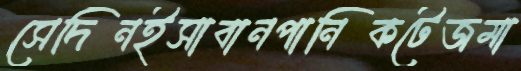
সেদিনইসাবানপানিকটেজমা